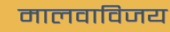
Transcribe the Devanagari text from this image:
मालवाविजय